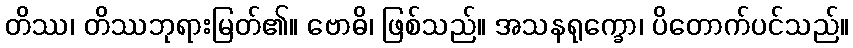
တိဿ၊ တိဿဘုရားမြတ်၏။ ဗောဓိ၊ ဖြစ်သည်။ အသနရုက္ခော၊ ပိတောက်ပင်သည်။